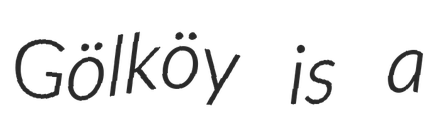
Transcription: Gölköy is a